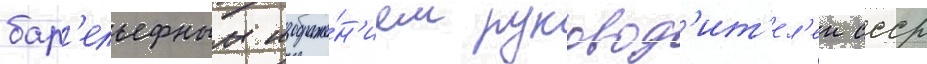
бар'ельефным изображе́н'ием руковод'ит'ел'еи ссср